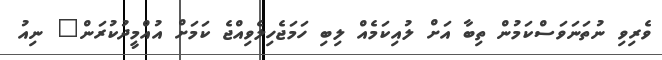
ވެރިވި ނުތަނަވަސްކަމުން ތިބާ އަށް ލުއިކަމެއް ލިބި ހަމަޖެހިލެވިއްޖެ ކަމަށް އުއްމީދުކުރަން" ނިއު